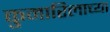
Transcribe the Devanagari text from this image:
कुमारिलाच्या